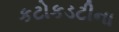
કટોકડટીના